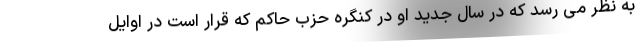
به نظر می رسد که در سال جدید او در کنگره حزب حاکم که قرار است در اوایل